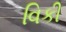
વિકી